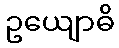
ဥယျောဓိ